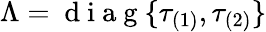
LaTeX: \Lambda=\mathrm{~d~i~a~g~}\{ \tau_{(1)},\tau_{(2)}\}